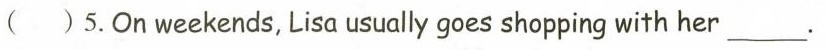
( )5.On weekends, Lisa usually goes shopping with her___.